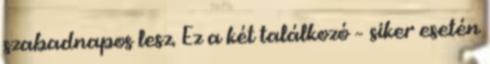
szabadnapos lesz. Ez a két találkozó – siker esetén